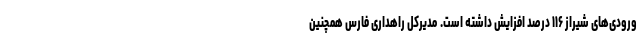
ورودی‌های شیراز ۱۱۶ درصد افزایش داشته است. مدیرکل راهداری فارس همچنین